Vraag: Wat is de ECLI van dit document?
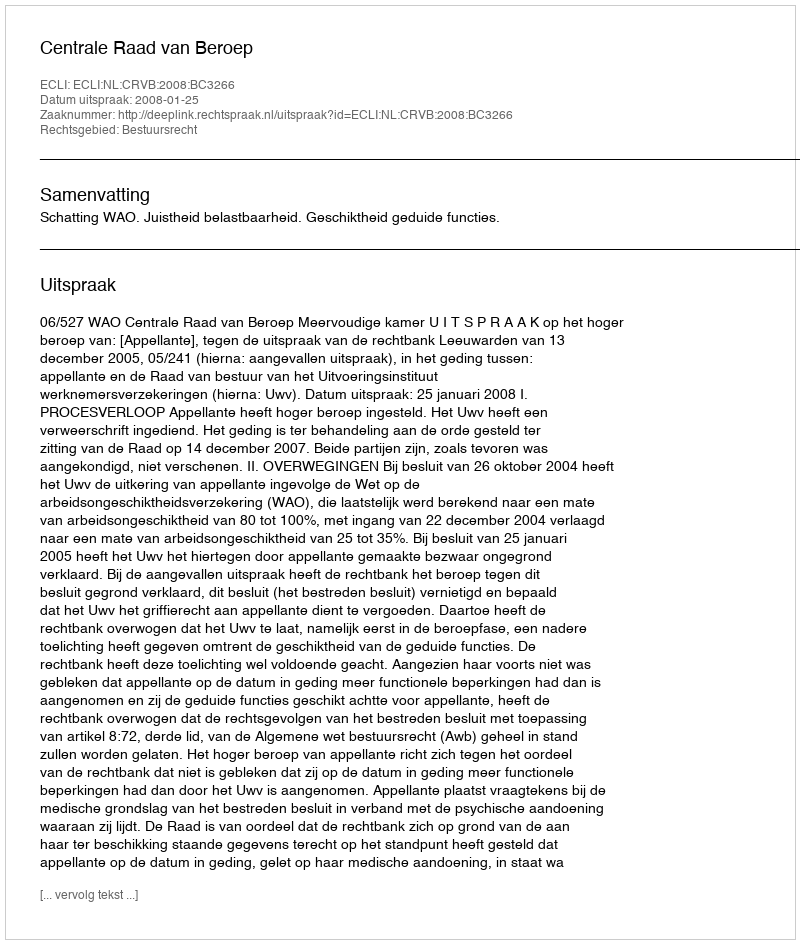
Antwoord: ECLI:NL:CRVB:2008:BC3266